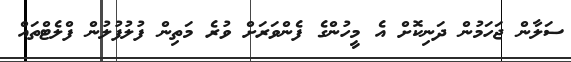
ސަލާން ޖަހަމުން ދަނިކޮށް އެ މީހުންގެ ފެންވަރަށް ވުރެ މަތިން ފުލުފުލުން ފްލެޓްތައް